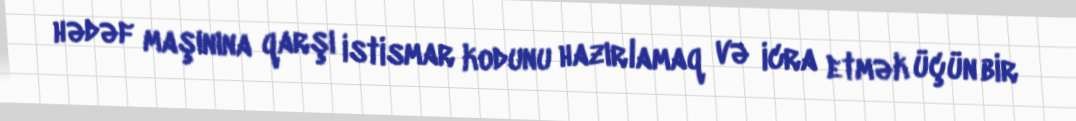
hədəf maşınına qarşı istismar kodunu hazırlamaq və icra etmək üçün bir